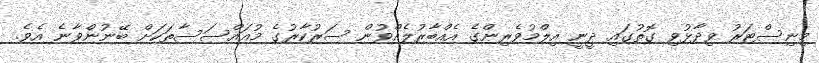
މިނިސްޓަރު ވިދާޅުވި ގޮތުގައި ދީނީ އިލްމުވެރިންގެ އެއްބާރުލެއްވުން ސަރުކާރުގެ މުއައްސަސާތަކަށް ބޭނުންވާނެ އެވެ.